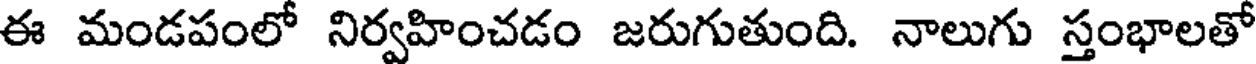
ఈ మండపంలో నిర్వహించడం జరుగుతుంది. నాలుగు స్తంభాలతో